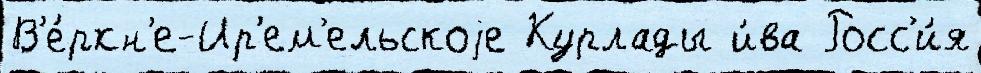
В'е́рхн'е-Ир'ем'ельскоjе Курлады и́ва Росс'и́я